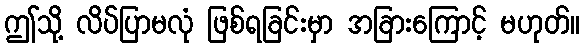
ဤသို့ လိပ်ပြာမလုံ ဖြစ်ရခြင်းမှာ အခြားကြောင့် မဟုတ်။